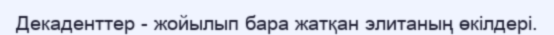
Декаденттер - жойылып бара жатқан элитаның өкілдері.